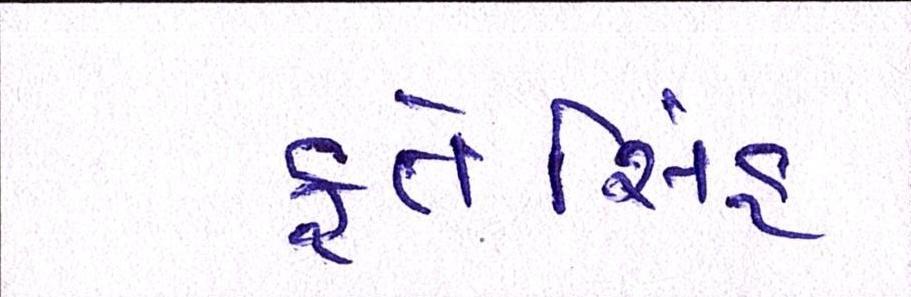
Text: ફતેસિંહ